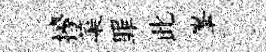
擡蕖罪此峯